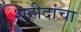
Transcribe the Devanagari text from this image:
शहीदांचा